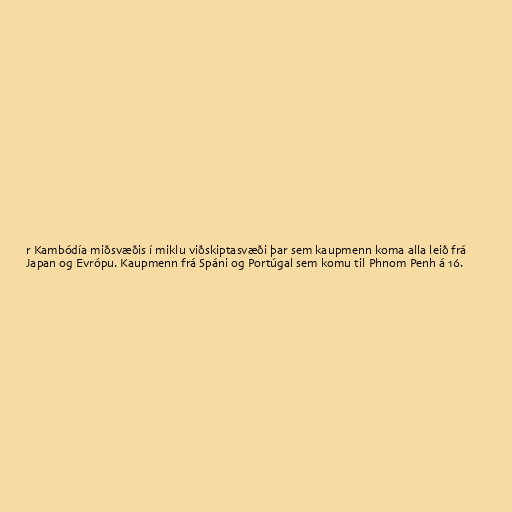
r Kambódía miðsvæðis í miklu viðskiptasvæði þar sem kaupmenn koma alla leið frá
Japan og Evrópu. Kaupmenn frá Spáni og Portúgal sem komu til Phnom Penh á 16.